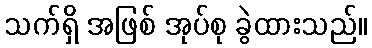
သက်ရှိ အဖြစ် အုပ်စု ခွဲထားသည်။